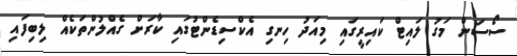
ސޯސަން މަގު ލައިޓް ކައިރީގައި މިއަދު ހިނގި އެކްސިޑެންޓުގައި ކާރަށް ގެއްލުންތަކެއް ލިބިފައި